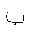
Letter: _ba